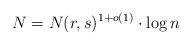
LaTeX: \begin{align*}N = N(r,s)^{1+o(1)}\cdot \log n \end{align*}